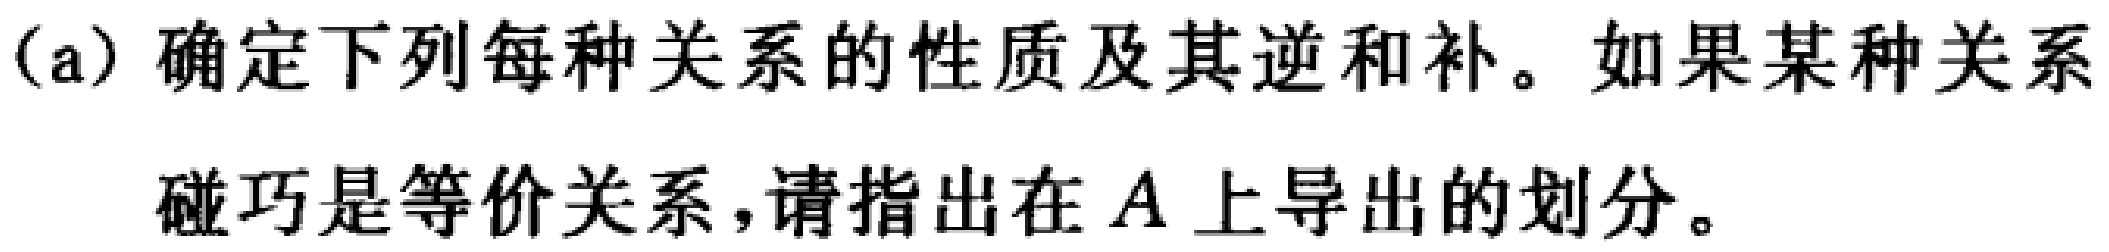
(a) 确定下列每种关系的性质及其逆和补。如果某种关系
碰巧是等价关系，请指出在 \(A\) 上导出的划分。